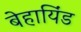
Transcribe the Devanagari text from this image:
बेहायिंड